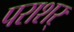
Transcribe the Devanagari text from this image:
पराशर्